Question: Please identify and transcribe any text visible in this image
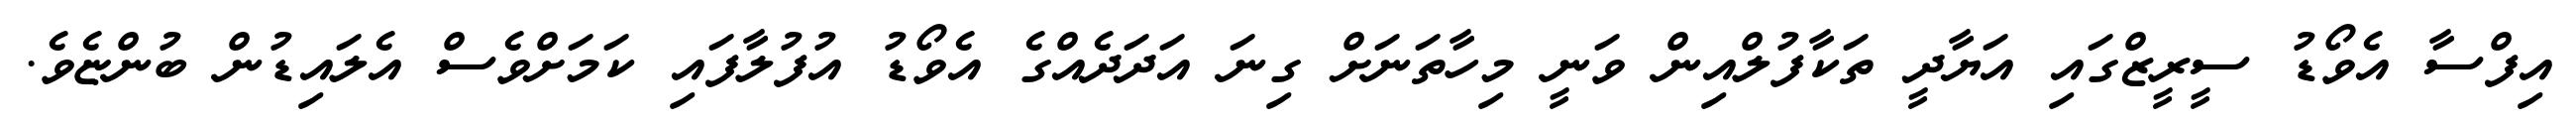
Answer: އިފްސާ އެވޯޑު ސީރީޒްގައި އަޔާދީ ތަކާފުލްއިން ވަނީ މިހާތަނަށް ގިނަ އަދަދެއްގެ އެވޯޑު އުފުލާފައި ކަމަށްވެސް އެލައިޑުން ބުންޏެވެ.